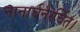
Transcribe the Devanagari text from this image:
नानार्चनैरर्चित।